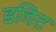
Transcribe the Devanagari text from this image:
डविट